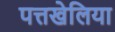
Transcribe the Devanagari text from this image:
पत्तखेलिया